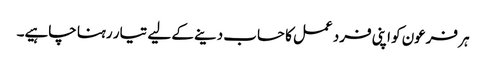
ہر فرعون کو اپنی فرد عمل کا حساب دینے کے لیے تیار رہنا چاہیے۔